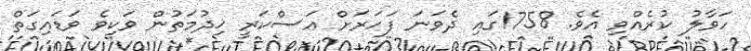
ހަވާލު ކުރެއްވި އެވެ. 1758ގައި ދެވަނަ ފަހަރަށް އަސްކަރީ ޚިދުމަތުން ވަކިވެ ވަޑައިގަތް